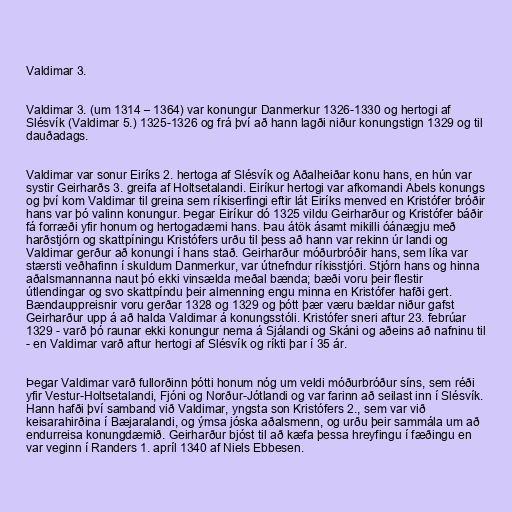
Valdimar 3.

Valdimar 3. (um 1314 – 1364) var konungur Danmerkur 1326-1330 og hertogi af
Slésvík (Valdimar 5.) 1325-1326 og frá því að hann lagði niður konungstign 1329 og til
dauðadags.

Valdimar var sonur Eiríks 2. hertoga af Slésvík og Aðalheiðar konu hans, en hún var
systir Geirharðs 3. greifa af Holtsetalandi. Eiríkur hertogi var afkomandi Abels konungs
og því kom Valdimar til greina sem ríkiserfingi eftir lát Eiríks menved en Kristófer bróðir
hans var þó valinn konungur. Þegar Eiríkur dó 1325 vildu Geirharður og Kristófer báðir
fá forræði yfir honum og hertogadæmi hans. Þau átök ásamt mikilli óánægju með
harðstjórn og skattpíningu Kristófers urðu til þess að hann var rekinn úr landi og
Valdimar gerður að konungi í hans stað. Geirharður móðurbróðir hans, sem líka var
stærsti veðhafinn í skuldum Danmerkur, var útnefndur ríkisstjóri. Stjórn hans og hinna
aðalsmannanna naut þó ekki vinsælda meðal bænda; bæði voru þeir flestir
útlendingar og svo skattpíndu þeir almenning engu minna en Kristófer hafði gert.
Bændauppreisnir voru gerðar 1328 og 1329 og þótt þær væru bældar niður gafst
Geirharður upp á að halda Valdimar á konungsstóli. Kristófer sneri aftur 23. febrúar
1329 - varð þó raunar ekki konungur nema á Sjálandi og Skáni og aðeins að nafninu til
- en Valdimar varð aftur hertogi af Slésvík og ríkti þar í 35 ár.

Þegar Valdimar varð fullorðinn þótti honum nóg um veldi móðurbróður síns, sem réði
yfir Vestur-Holtsetalandi, Fjóni og Norður-Jótlandi og var farinn að seilast inn í Slésvík.
Hann hafði því samband við Valdimar, yngsta son Kristófers 2., sem var við
keisarahirðina í Bæjaralandi, og ýmsa jóska aðalsmenn, og urðu þeir sammála um að
endurreisa konungdæmið. Geirharður bjóst til að kæfa þessa hreyfingu í fæðingu en
var veginn í Randers 1. apríl 1340 af Niels Ebbesen.